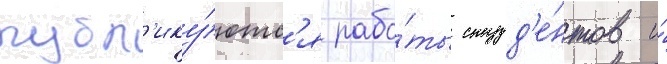
публ'ику́ютс'я рабо́ты студ'е́нтов и́